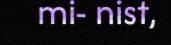
mi- nist,